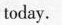
today.